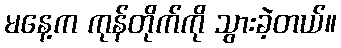
မနေ့က ကုန်တိုက်ကို သွားခဲ့တယ်။